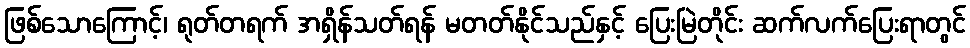
ဖြစ်သောကြောင့်၊ ရုတ်တရက် အရှိန်သတ်ရန် မတတ်နိုင်သည်နှင့် ပြေးမြဲတိုင်း ဆက်လက်ပြေးရာတွင်